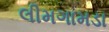
લીમગામડા